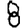
Digit: 8